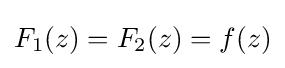
F_{1}(z)=F_{2}(z)=f(z)